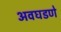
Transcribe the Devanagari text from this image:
अवघडणे